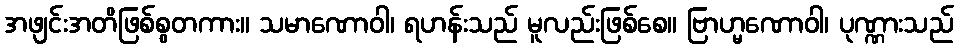
အဖျင်းအတိဖြစ်စွတကား။ သမာဏောဝါ၊ ရဟန်းသည် မူလည်းဖြစ်စေ။ ဗြာဟ္မဏောဝါ၊ ပုဏ္ဏားသည်